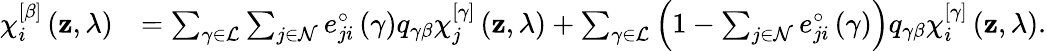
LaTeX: \begin{array}{rl}{\chi_{i}^{\left[\beta\right]}\left(\mathbf{z},\lambda\right)}&{=\sum_{\gamma\in\mathcal{L}}\sum_{j\in\mathcal{N}}e_{ji}^{\circ}\left(\gamma\right)q_{\gamma\beta}\chi_{j}^{\left[\gamma\right]}\left(\mathbf{z},\lambda\right)+\sum_{\gamma\in\mathcal{L}}\left(1-\sum_{j\in\mathcal{N}}e_{ji}^{\circ}\left(\gamma\right)\right)q_{\gamma\beta}\chi_{i}^{\left[\gamma\right]}\left(\mathbf{z},\lambda\right).}\end{array}